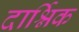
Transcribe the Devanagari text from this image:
दार्श्निक